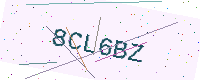
Text: 8CL6BZ